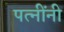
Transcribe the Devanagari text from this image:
पत्नींनी